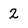
Character: 2